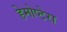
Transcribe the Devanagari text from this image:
हेमोप्टेरा